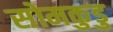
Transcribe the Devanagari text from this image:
सोमकुडु